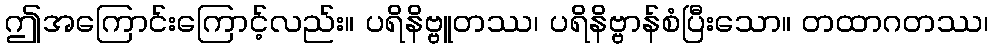
ဤအကြောင်းကြောင့်လည်း။ ပရိနိဗ္ဗူတဿ၊ ပရိနိဗ္ဗာန်စံပြီးသော။ တထာဂတဿ၊